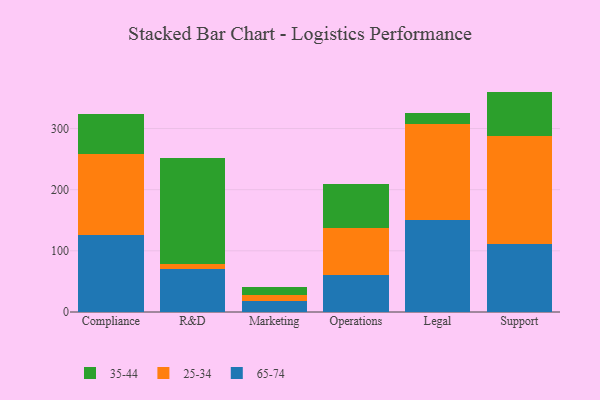
{"axis": {"x": "Department", "y": "Energy Usage (MWh)"}, "legend": ["25-34", "35-44", "65-74"], "data": [{"x": "Compliance", "y": 126.6, "type": "65-74"}, {"x": "Compliance", "y": 132.4, "type": "25-34"}, {"x": "Compliance", "y": 64.9, "type": "35-44"}, {"x": "R&D", "y": 70.3, "type": "65-74"}, {"x": "R&D", "y": 8.1, "type": "25-34"}, {"x": "R&D", "y": 172.7, "type": "35-44"}, {"x": "Marketing", "y": 18.6, "type": "65-74"}, {"x": "Marketing", "y": 8.4, "type": "25-34"}, {"x": "Marketing", "y": 13.2, "type": "35-44"}, {"x": "Operations", "y": 60.9, "type": "65-74"}, {"x": "Operations", "y": 76.6, "type": "25-34"}, {"x": "Operations", "y": 71.7, "type": "35-44"}, {"x": "Legal", "y": 149.9, "type": "65-74"}, {"x": "Legal", "y": 157.6, "type": "25-34"}, {"x": "Legal", "y": 18.3, "type": "35-44"}, {"x": "Support", "y": 110.7, "type": "65-74"}, {"x": "Support", "y": 177.9, "type": "25-34"}, {"x": "Support", "y": 71.8, "type": "35-44"}]}